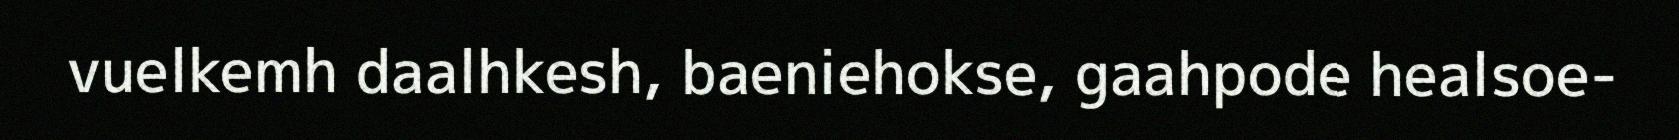
vuelkemh daalhkesh, baeniehokse, gaahpode healsoe-